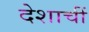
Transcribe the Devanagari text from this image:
देशाचीं